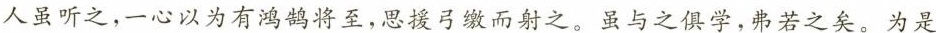
人虽听之，一心以为有鸿鹄将至，思援弓缴而射之。虽与之俱学，弗若之矣。为是